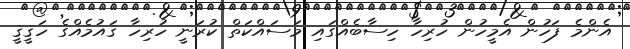
އެންމެ ފަހުން އެމީހުން ހުރިހާ ހިސާބެއްގައި މަސައްކަތް ކުރަނީ ހުރިހާ ޤައުމެއްގެ ހަޤީޤީ